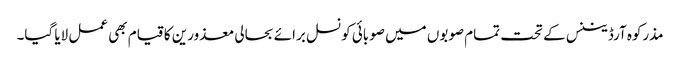
مذرکوہ آرڈیننس کے تحت تمام صوبوں میں صوبائی کونسل برائے بحالی معذورین کا قیام بھی عمل لایا گیا۔